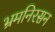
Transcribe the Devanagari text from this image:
भ्रमनिरसन